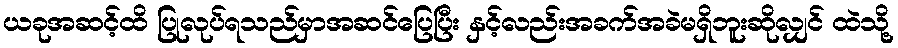
ယခုအဆင့်ထိ ပြုလုပ်ရသည်မှာအဆင်ပြေပြီး နှင့်လည်းအခက်အခဲမရှိဘူးဆိုလျှင် ထဲသို့